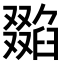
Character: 𠮌